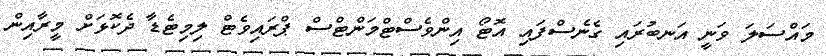
މައްސަލަ ވަނީ އަނބުރައި ގެނެސްފައި އޮޓޯ އިންވެސްޓްމަންޓްސް ޕްރައިވެޓް ލިމިޓެޑާ ދެކޮޅަށް މީރާއިން